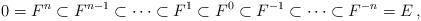
LaTeX: \begin{align*}0=F^n\subset F^{n-1} \subset \cdots \subset F^1 \subset F^0 \subset F^{-1} \subset \cdots \subset F^{-n}=E\,, \end{align*}